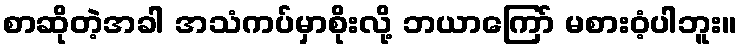
စာဆိုတဲ့အခါ အသံကပ်မှာစိုးလို့ ဘယာကြော် မစားဝံ့ပါဘူး။